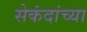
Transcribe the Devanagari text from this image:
सेकंदांच्या